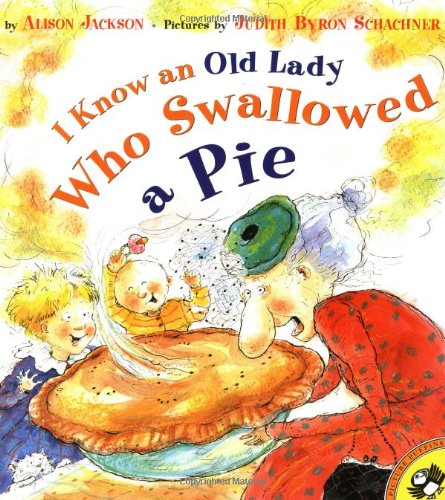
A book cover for I Know an Old Lady Who Swallowed a Pie (Picture Puffins); Alison Jackson; Children's Books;